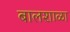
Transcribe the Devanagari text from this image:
बालशाळा